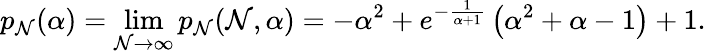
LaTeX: p_{\mathcal{N}}(\alpha)=\operatorname*{lim}_{\mathcal{N}\to\infty}p_{\mathcal{N}}(\mathcal{N},\alpha)=-\alpha^{2}+e^{-\frac{{1}}{{\alpha+1}}}\left(\alpha^{2}+\alpha-1\right)+1.